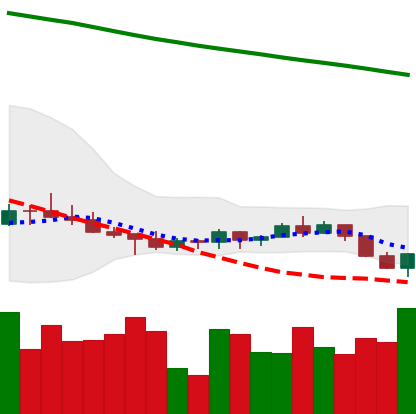
Ticker: ADA-USD
Chart end date: 2022-07-13
Forward return: 12.425%
Label: up_7plus